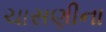
ચાસણીના